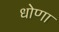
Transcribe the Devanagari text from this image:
धोणा